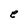
Character: e